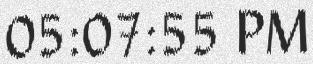
05:07:55 PM